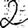
Digit: 2